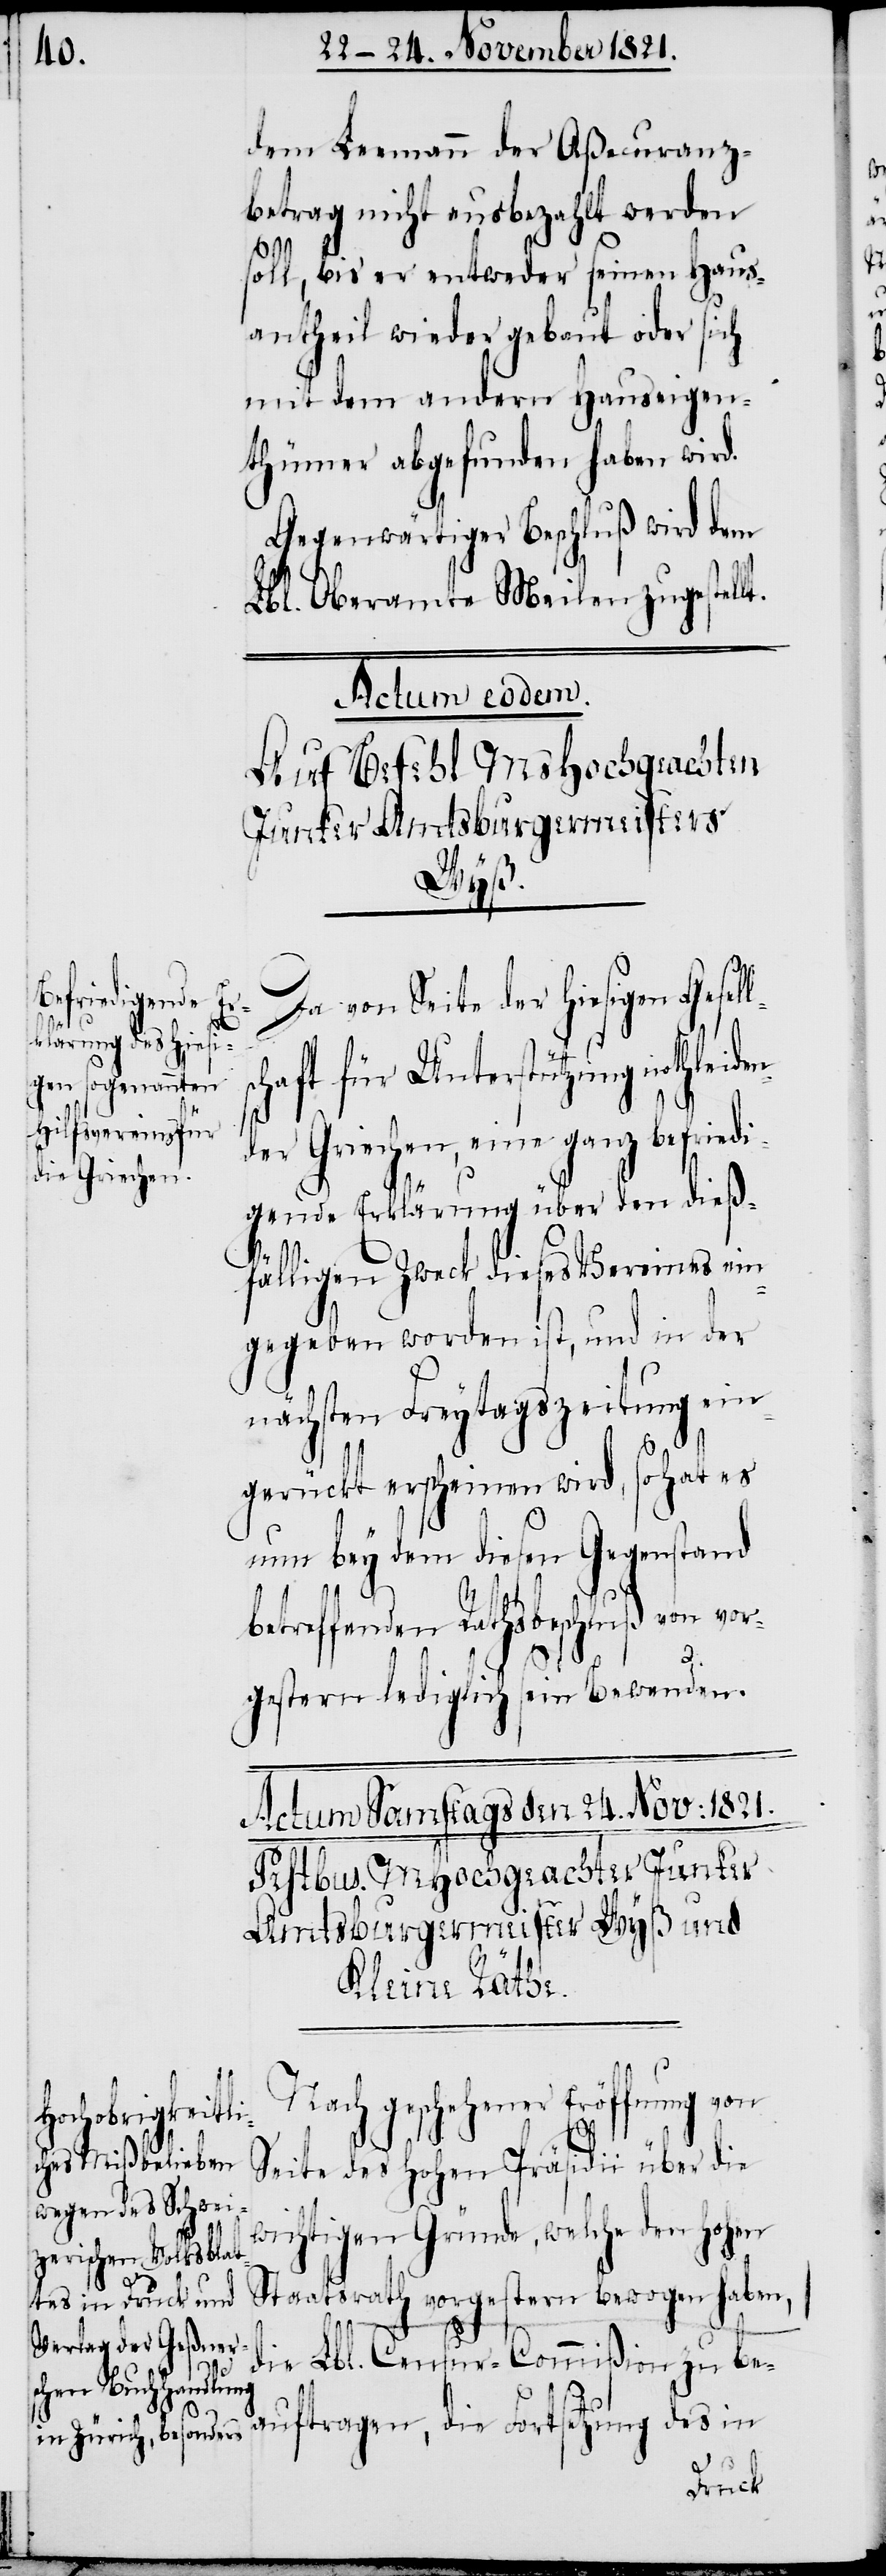
dem Leemann der Aßecuranz¬
betrag nicht ausbezahlt werden
soll, bis er entweder seinen Haus¬
antheil wieder gebaut oder sich
mit dem andern Hauseigen¬
thümer abgefunden haben wird.
Gegenwärtiger Beschluß wird dem
Lbl. Oberamte Meilen zugestell¬
Actum eodem.
Auf Befehl MsHochgeachten
Junker Amtsburgermeisters
Wyß.
Da von Seite der Hiesigen Gesel¬
chaft für Unterstützung nothleid¬
en¬
der Griechen, eine ganz befriedi¬
gende Erklärung über den dieß¬
fälligen Zweck dieses Vereines ein¬
gegeben worden ist, und in der
nächsten Freytagszeitung ein¬
gerückt erscheinen wird, so hat es
nun bey dem diesen Gegenstand
betreffenden Rathsbeschluß von vor¬
gestern lediglich sein Bewenden.
Nach geschehener Eröffnung von
t.
Seite des Hohen Präsidii über die
wichtigen Gründe, welche den Hohen
Staatsrath vorgestern bewogen haben,
die Lbl. Censur-Commißion zu be¬
auftragen, die Fortsetzung des in